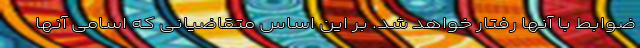
ضوابط با آنها رفتار خواهد شد. بر این اساس متقاضیانی که‌ اسامی آنها